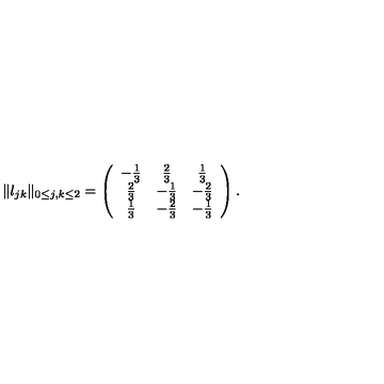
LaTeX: \Vert l _ { j k } \Vert _ { 0 \le j , k \le 2 } = \left( \begin{array} { c c c } { - \frac { 1 } { 3 } } & { \frac { 2 } { 3 } } & { \frac { 1 } { 3 } } \\ { \frac { 2 } { 3 } } & { - \frac { 1 } { 3 } } & { - \frac { 2 } { 3 } } \\ { \frac { 1 } { 3 } } & { - \frac { 2 } { 3 } } & { - \frac { 1 } { 3 } } \\ \end{array} \right) .